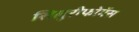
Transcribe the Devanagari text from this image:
सिलुरीफोर्मेस